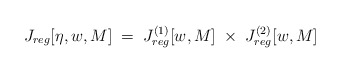
\begin{align*} J_{reg}[\eta,w,M]\;=\; J^{(1)}_{reg}[w,M] \;\times\; J^{(2)}_{reg}[w,M]\end{align*}